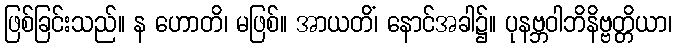
ဖြစ်ခြင်းသည်။ န ဟောတိ၊ မဖြစ်။ အာယတိံ၊ နောင်အခါ၌။ ပုနဗ္ဘဝါဘိနိဗ္ဗတ္တိယာ၊